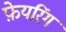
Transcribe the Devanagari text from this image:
फ़ेयरिंग